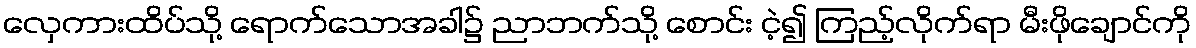
လှေကားထိပ်သို့ ရောက်သောအခါ၌ ညာဘက်သို့ စောင်း ငဲ့၍ ကြည့်လိုက်ရာ မီးဖိုချောင်ကို